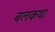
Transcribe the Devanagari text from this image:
बलकथा